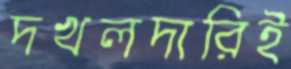
দখলদারিই